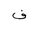
Letter: _fa